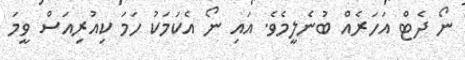
ނޯ ދެޓް އަހަރެއް ބުނެލީމެވެ. އައި ނޯ އެކަމަކު ހަމަ ކިއުރިއަސް ވީމަ